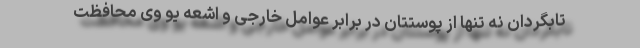
تابگردان نه تنها از پوستتان در برابر عوامل خارجی و اشعه یو وی محافظت